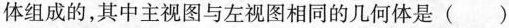
体组成的，其中主视图与左视图相同的几何体是()